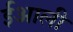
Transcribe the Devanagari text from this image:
ईआली